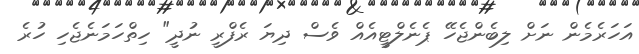
އަހަރެމެން ނަށް ލިބެންޖެހޭ ޕެނެލްޓީއެއް ވެސް ދިޔަ ރެފްރީ ނުދީ" ހިތްހަމަނެޖެހި ހުރެ